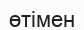
өтімен